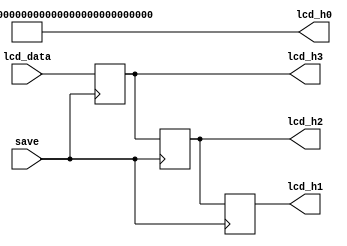
`timescale 1ns / 1ps

module LCD_GAN_DU_LIEU (
  input  wire save,
  input  wire [159:0] lcd_data,
  output wire [159:0] lcd_h0,
  output wire [159:0] lcd_h1,
  output wire [159:0] lcd_h2,
  output wire [159:0] lcd_h3  
);
  
  reg [159:0] lcd_h0r;
  reg [159:0] lcd_h1r;
  reg [159:0] lcd_h2r;
  reg [159:0] lcd_h3r;


  always @(posedge save) 
  begin
    if (save) 
        begin
          lcd_h1r <= lcd_h2r;
          lcd_h2r <= lcd_h3r;
          lcd_h3r <= lcd_data;
        end
  end
  
  assign lcd_h0 = "  Dong Ho The Thao  "; 
  assign lcd_h1 = lcd_h1r;
  assign lcd_h2 = lcd_h2r;
  assign lcd_h3 = lcd_h3r;
  

endmodule